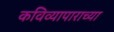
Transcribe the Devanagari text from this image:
कविव्यापाराच्या